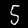
Label: 5